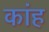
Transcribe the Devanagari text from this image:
कांह